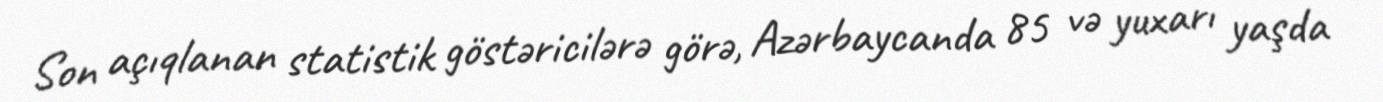
Son açıqlanan statistik göstəricilərə görə, Azərbaycanda 85 və yuxarı yaşda